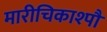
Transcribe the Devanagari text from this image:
मारीचिकाश्पौ